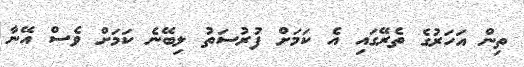
ތިން އަހަރުގެ ތެރޭގައި އެ ކަމަށް ފުރުސަތު ލިބޭނެ ކަމަށް ވެސް އޭނާ